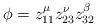
LaTeX: \begin{align*}\phi=z_{11}^\mu z_{23}^\nu z_{32}^\beta\end{align*}